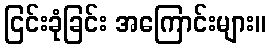
ငြင်းခုံခြင်း အကြောင်းများ။